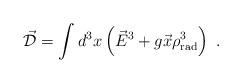
\begin{align*}\vec{\cal D} = \int d^3 x \left( \vec{E}^3 + g \vec{x}\rho^3_{\rm rad} \right) \ .\end{align*}